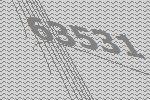
63531